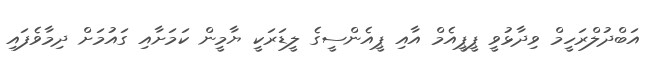
އަބްދުލްރަހީމް ވިދާޅުވީ ޕީޕީއެމް އާއި ޕީއެންސީގެ ލީޑަރަކީ ޔާމީން ކަމަށާއި ގައުމަށް ދިމާވެފައި